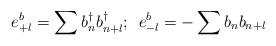
LaTeX: \begin{align*}e_{+l}^{b}=\sum b_{n}^{\dagger}b_{n+l}^{\dagger};\hspace{2mm}e_{-l}^{b}=-\sum b_{n}b_{n+l}\end{align*}